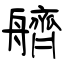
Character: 艩